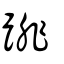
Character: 䠊